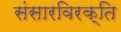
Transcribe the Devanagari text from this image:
संसारविरक्ति